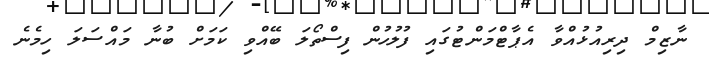
ނާޒިމް ދިރިއުޅުއްވާ އެޕާޓްމަންޓުގައި ފުލުހުން ފިސްތޯލަ ބޭއްވި ކަމަށް ބުނާ މައްސަލަ ހިމެނެ